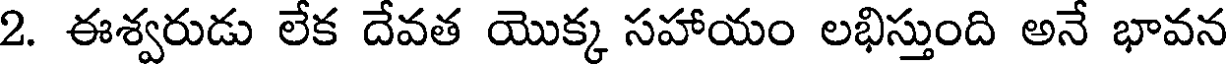
2. ఈశ్వరుడు లేక దేవత యొక్క సహాయం లభిస్తుంది అనే భావన